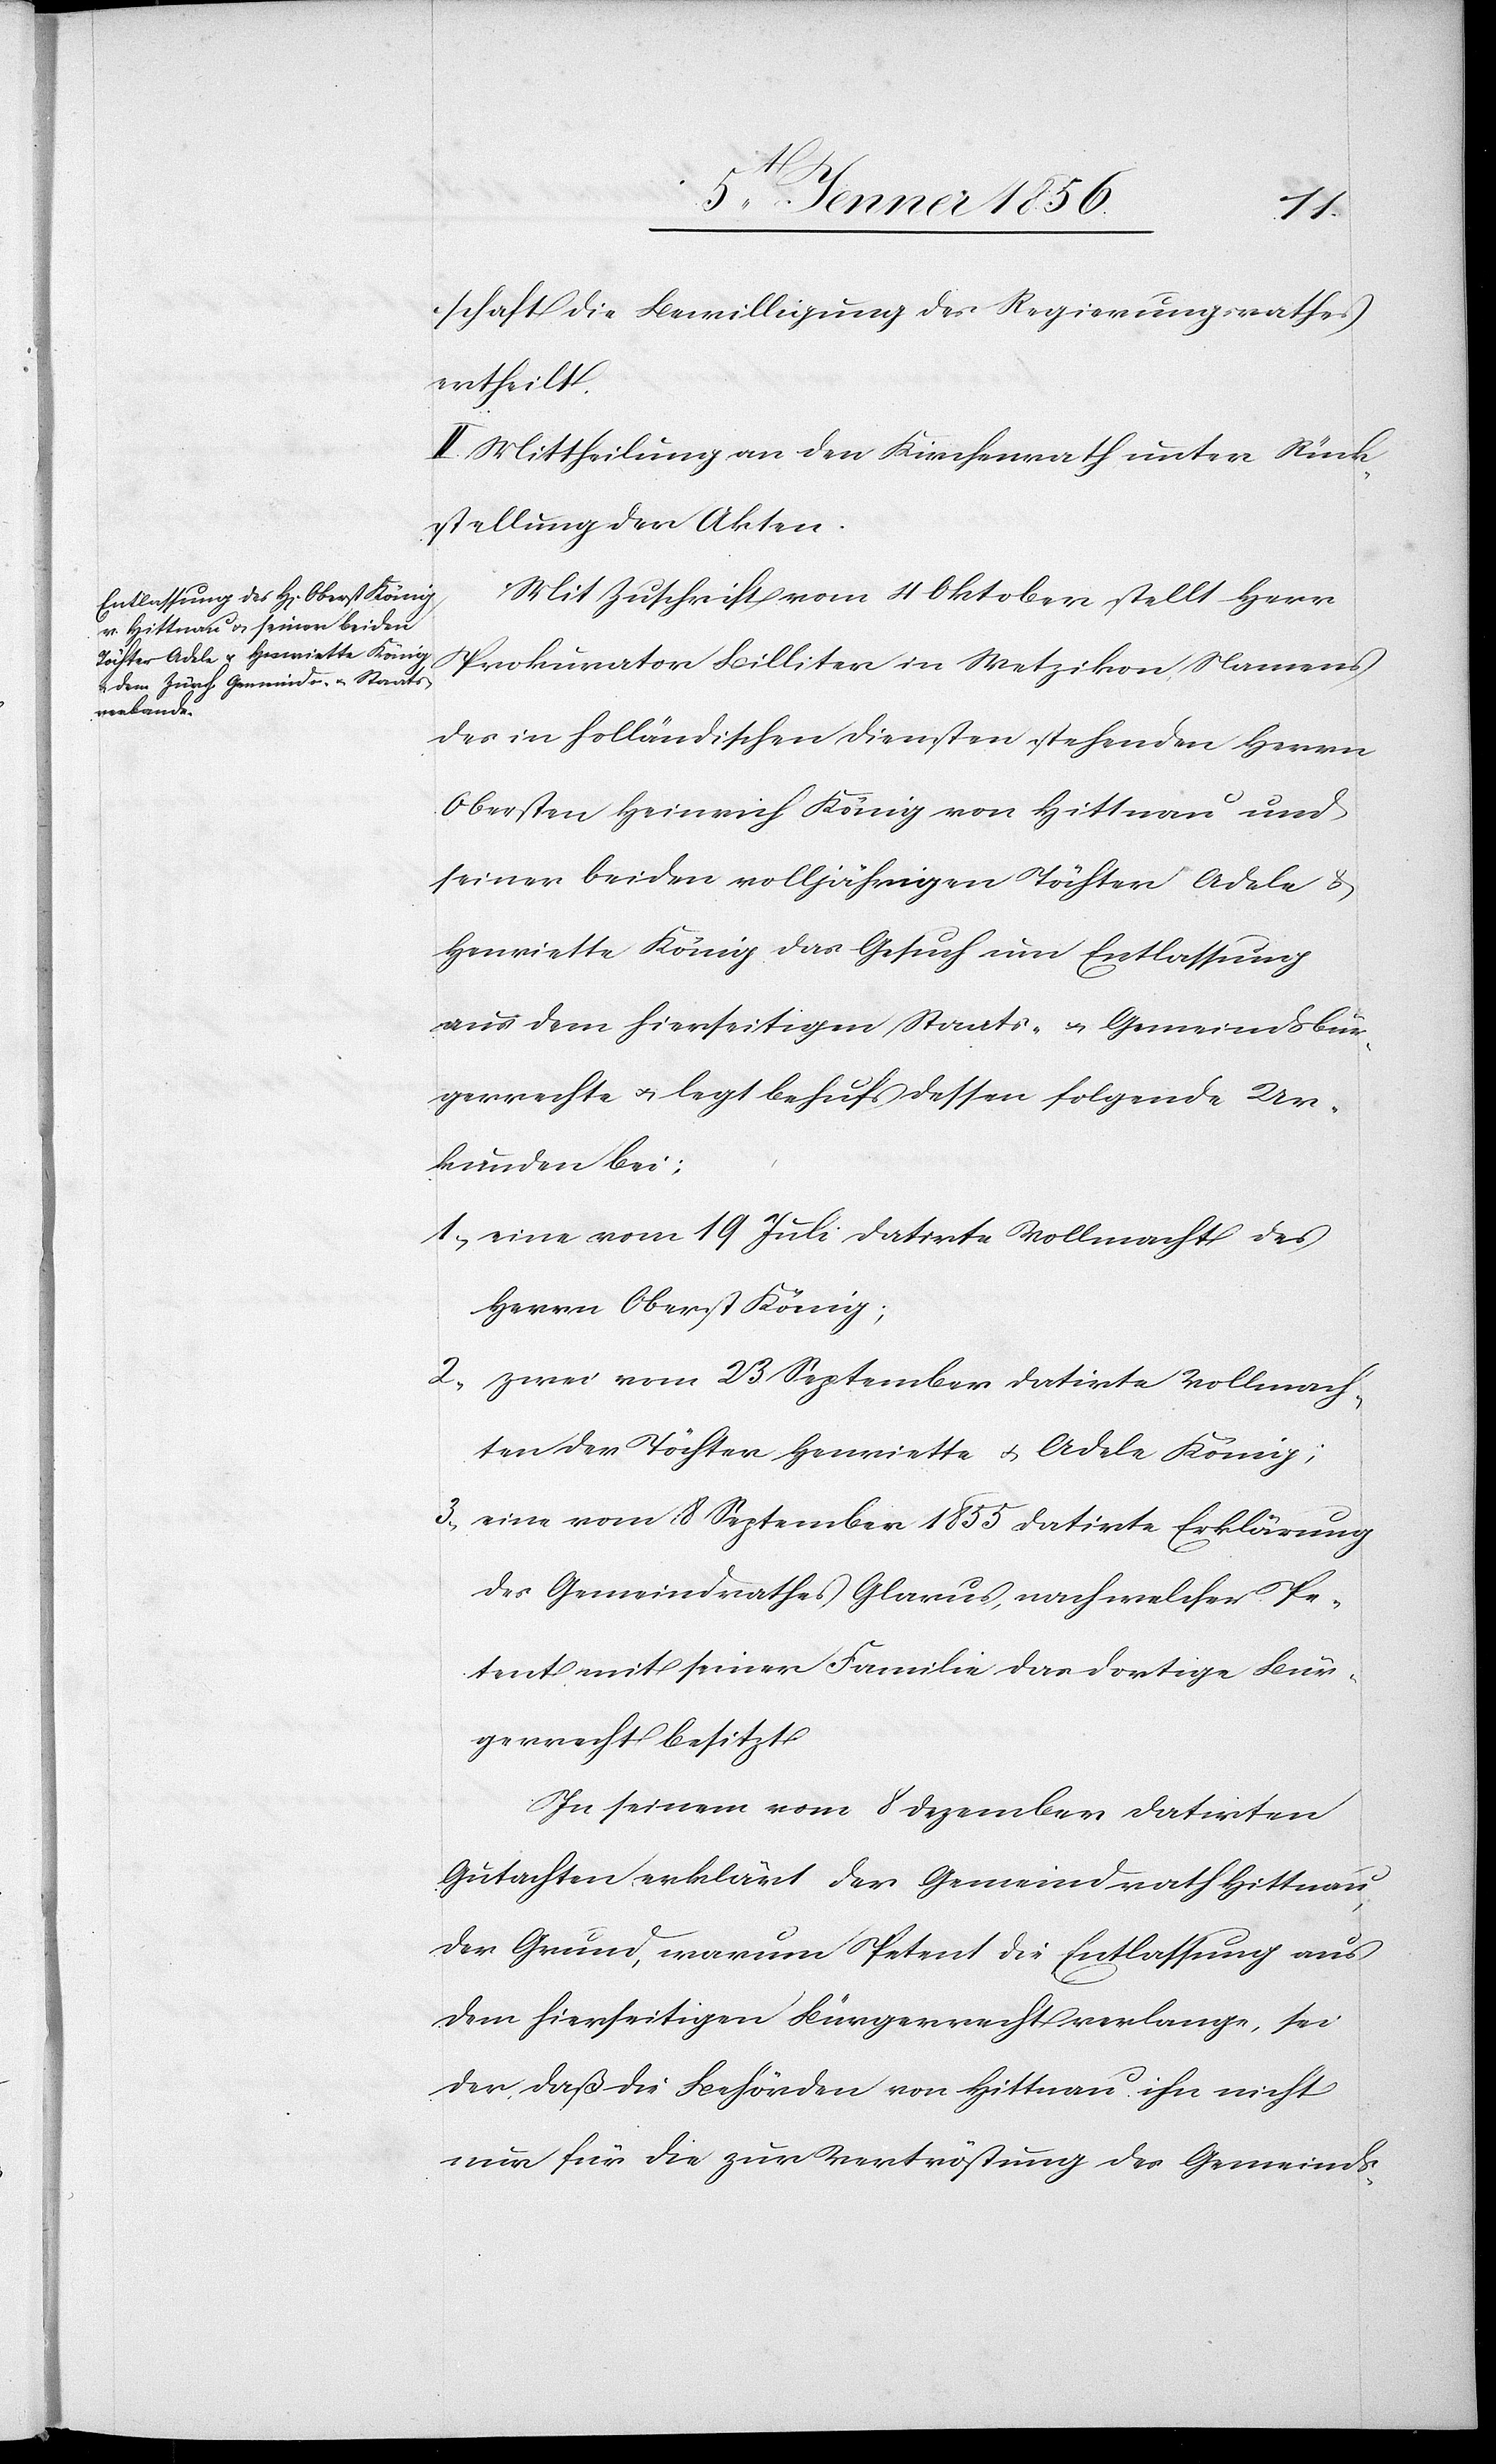
schaft die Bewilligung des Regierungsrathes
ertheilt.
II. Mittheilung an den Kirchenrath unter Rück¬
stellung der Akten.
Mit Zuschrift vom 4 Oktober stellt Herr
Prokurator Billiter in Wetzikon namens
des in holländischen Diensten stehenden Herrn
Obersten Heinrich König von Hittnau und
seiner beiden volljährigen Töchter Adele &
Henriette König das Gesuch um Entlassung
aus dem hierseitigen Staats- u. Gemeindbür¬
gerrechte u. legt behufs dessen folgende Ur¬
kunden bei:
1., eine vom 19 Juli datirte Vollmacht des
Herrn Oberst König;
2., zwei vom 23 September datirte Vollmach¬
ten der Töchter Henriette u. Adele König;
3., eine vom 8 September 1855 datirte Erklärung
des Gemeindrathes Glarus, nach welcher Pe¬
tent mit seiner Familie das dortige Bür¬
gerrecht besitzt.
In seinem vom 8 Dezember datirten
Gutachten erklärt der Gemeindrath Hittnau
der Grund, warum Petent die Entlassung aus
dem hierseitigen Bürgerrecht verlange, sei
der, daß die Behörden von Hittnau ihn nicht
nur für die zur Vertröstung des Gemeinds-